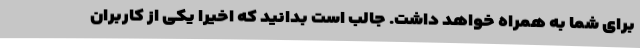
برای شما به همراه خواهد داشت. جالب است بدانید که اخیرا یکی از کاربران